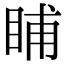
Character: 䀯